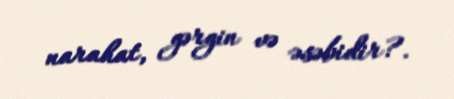
narahat, gərgin və əsəbidir?.